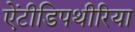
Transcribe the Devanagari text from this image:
ऐंटीडिपथीरिया